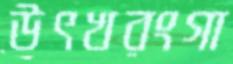
উৎখরংগা